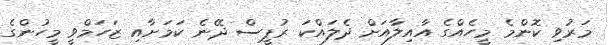
މަރުވި ކޮންމެ މީހެއްގެ އާއިލާއަށް ދެލައްކަ ރުޕީސް ދޭނެ ކަމަށާއި ޒަހަމްވީ މީހުންގެ